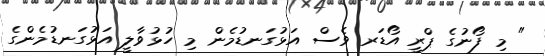
" މި ފޯނުގެ ޕްރީ އޯޑަރ ވެސް އަޅުގަނޑުމެން މި ހުޅުވާލީ އަޅުގަނޑުމެންގެ